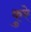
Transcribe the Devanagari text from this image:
कुरे